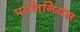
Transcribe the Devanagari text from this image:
पालिनियस